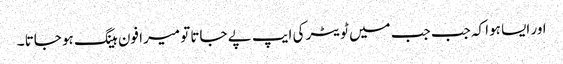
اور ایسا ہوا کہ جب جب میں ٹویٹر کی ایپ پے جاتا تو میرا فون ہینگ ہو جاتا ۔